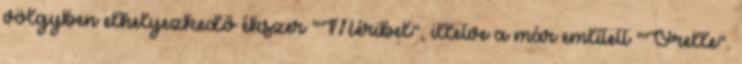
völgyben elhelyezkedő ékszer "Méribel", illetve a már említett "Orelle".